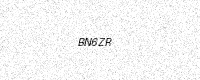
Text: BN6ZR